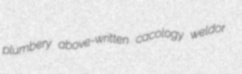
plumbery above-written cacology weldor